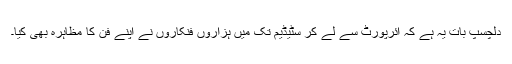
دلچسپ بات یہ ہے کہ ائرپورٹ سے لے کر سٹیڈیم تک میں ہزاروں فنکاروں نے اپنے فن کا مظاہرہ بھی کیا۔